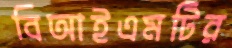
বিআইএমটির